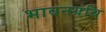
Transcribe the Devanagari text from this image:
भावनग्रंथि